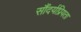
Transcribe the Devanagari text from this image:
सौंदर्यप्रियता